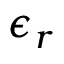
\epsilon _ { r }